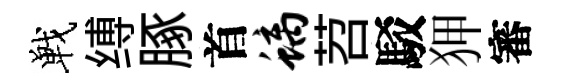
戰缚䐁首螭苕駁狎審